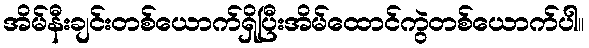
အိမ်နီးချင်းတစ်ယောက်ရှိပြီးအိမ်ထောင်ကွဲတစ်ယောက်ပါ။